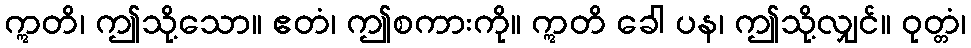
ဣတိ၊ ဤသို့သော။ ဧတံ၊ ဤစကားကို။ ဣတိ ခေါ ပန၊ ဤသို့လျှင်။ ဝုတ္တံ၊